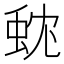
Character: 𮔃